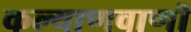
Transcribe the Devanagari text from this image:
कल्याणवाणी